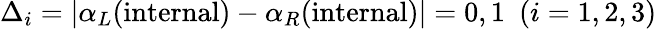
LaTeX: \Delta_{i}=\vert\alpha_{L}(\mathrm{internal})-\alpha_{R}(\mathrm{internal})\vert=0,1~~(i=1,2,3)